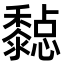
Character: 𪐇